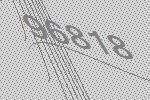
96818